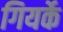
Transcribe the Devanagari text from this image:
गियर्के